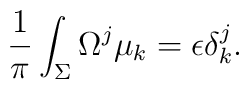
{1\over \pi}\int_{\Sigma}\Omega^j\mu_k=\epsilon\delta_k^j.